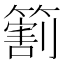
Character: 𬕲